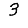
Digit: 3